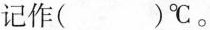
记作( )^{\circ}C。